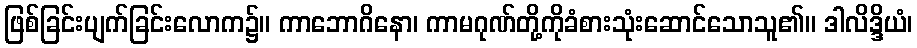
ဖြစ်ခြင်းပျက်ခြင်းလောက၌။ ကာဘောဂိနော၊ ကာမဂုဏ်တို့ကိုခံစားသုံးဆောင်သောသူ၏။ ဒါလိဒ္ဒိယံ၊